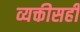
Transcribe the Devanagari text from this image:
व्यक्तीसही